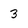
Character: 3